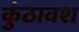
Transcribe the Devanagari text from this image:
कुंठावश